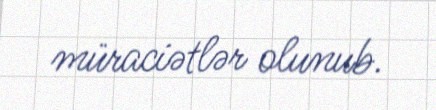
müraciətlər olunub.